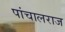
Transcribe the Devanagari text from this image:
पांचालराज